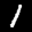
Label: 1